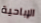
الإباحية